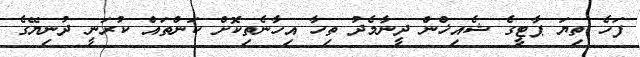
ފަހެ ތިޔަ ޕާޓީގެ ޝެއިޚްން ދީނާމެދު ތިހާ އިހާނެތިކޮށް ކަންތައް ކުރަނީ ދުނިޔޭގެ